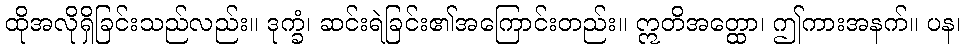
ထိုအလိုရှိခြင်းသည်လည်း။ ဒုက္ခံ၊ ဆင်းရဲခြင်း၏အကြောင်းတည်း။ ဣတိအတ္ထော၊ ဤကားအနက်။ ပန၊